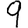
Digit: 9